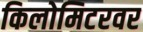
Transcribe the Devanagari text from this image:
किलोमिटरवर